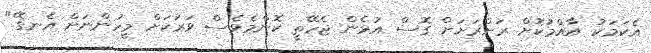
އެކަމަކު އާއްމުކޮށް ރަށްރަށަށް ގޮސް އުޅެން ޖެހޭތީ ކޮންމެވެސް ވަރަކަށް މީހުންނަށް އެނގޭ"